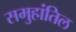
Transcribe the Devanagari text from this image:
समुहांतिल